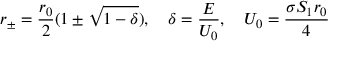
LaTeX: r _ { \pm } = \frac { r _ { 0 } } { 2 } ( 1 \pm \sqrt { 1 - \delta } ) , \quad \delta = \frac { E } { U _ { 0 } } , \quad U _ { 0 } = \frac { \sigma S _ { 1 } r _ { 0 } } { 4 }